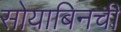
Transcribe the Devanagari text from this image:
सोयाबिनची